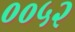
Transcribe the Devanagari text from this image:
००५२